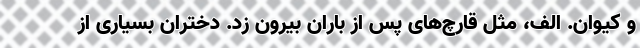
و کیوان‌. الف، مثل قارچ‌های پس از باران بیرون زد. دختران بسیاری از